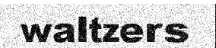
waltzers